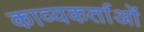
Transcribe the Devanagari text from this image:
काव्यकर्ताओं